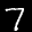
Label: 7